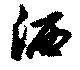
洒